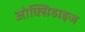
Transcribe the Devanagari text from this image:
ओक्सिडाइज